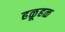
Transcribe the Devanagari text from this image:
हळूहळ